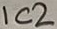
Text: IC2